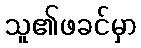
သူ၏ဖခင်မှာ